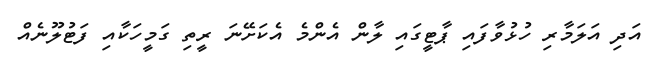
އަދި އަލަމާރި ހުޅުވާފައި ޕާޓީގައި ލާން އެންމެ އެކަށޭނަ ރީތި ގަމީހަކާއި ފަޓުލޫނެއް